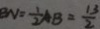
B N = \frac { 1 } { 2 } A B = \frac { 1 3 } { 2 }